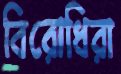
বিরোধিরা